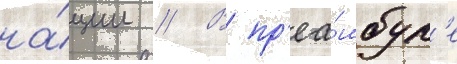
на́ции // В пр'еа́мбул'е